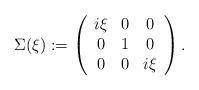
LaTeX: \begin{align*}\Sigma(\xi):=\left(\begin{array}{ccc}i\xi & 0 & 0\\0 & 1 & 0\\0 & 0 & i\xi\end{array}\right).\end{align*}